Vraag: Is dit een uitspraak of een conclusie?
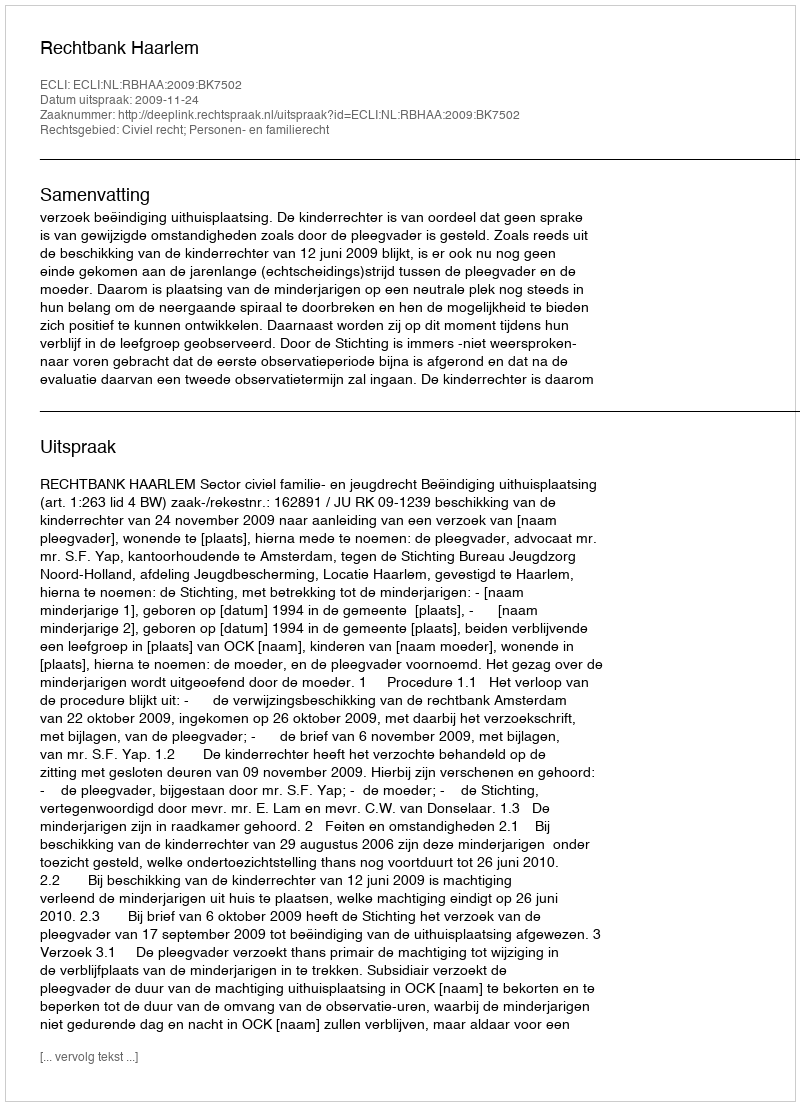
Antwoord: Uitspraak